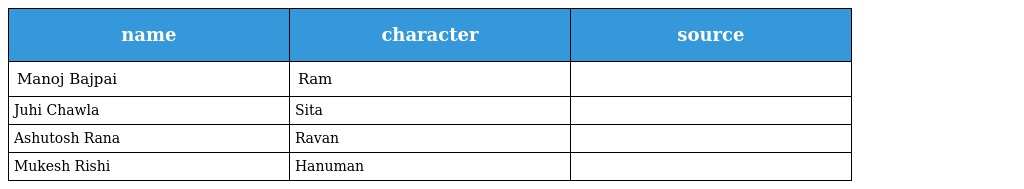
| name | character | source |
 | --- | --- | --- |
 | Manoj Bajpai | Ram |  |
 | Juhi Chawla | Sita |  |
 | Ashutosh Rana | Ravan |  |
 | Mukesh Rishi | Hanuman |  |